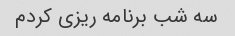
سه شب برنامه ریزی کردم